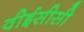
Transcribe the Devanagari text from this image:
वीईसीसी